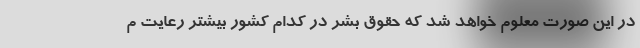
در این صورت معلوم خواهد شد که حقوق بشر در کدام کشور بیشتر رعایت م